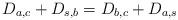
LaTeX: \begin{align*} D_{a,c} + D_{s,b} = D_{b,c} + D_{a,s}\end{align*}